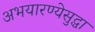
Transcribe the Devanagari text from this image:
अभयारण्येसुद्धा